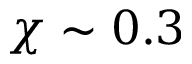
\chi \sim 0 . 3